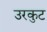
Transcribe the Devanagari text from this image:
उरकुट